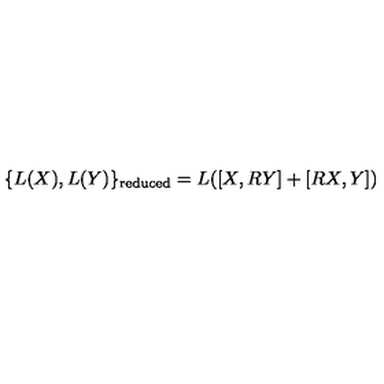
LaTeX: \{ L ( X ) , L ( Y ) \} _ { \mathrm { r e d u c e d } } = L ( [ X , R Y ] + [ R X , Y ] )